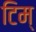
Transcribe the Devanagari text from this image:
टिम्‌